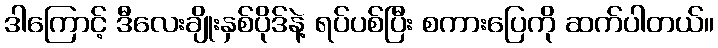
ဒါကြောင့် ဒီလေးချိုးနှစ်ပိုဒ်နဲ့ ရပ်ပစ်ပြီး စကားပြေကို ဆက်ပါတယ်။